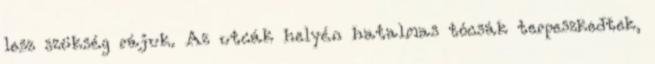
lesz szükség rájuk. Az utcák helyén hatalmas tócsák terpeszkedtek,